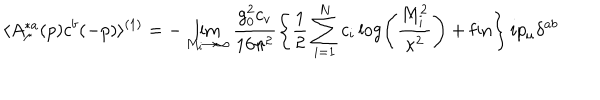
LaTeX: \langle A _ { \mu } ^ { * a } ( p ) c ^ { b } ( - p ) \rangle ^ { ( 1 ) } = - \lim _ { M _ { i } \rightarrow \infty } \frac { g _ { 0 } ^ { 2 } c _ { v } } { 1 6 \pi ^ { 2 } } \left\{ \frac { 1 } { 2 } \sum _ { i = 1 } ^ { N } c _ { i } \log \left( \frac { M _ { i } ^ { 2 } } { \kappa ^ { 2 } } \right) + \mathrm { f i n } \right\} i p _ { \mu } \delta ^ { a b }